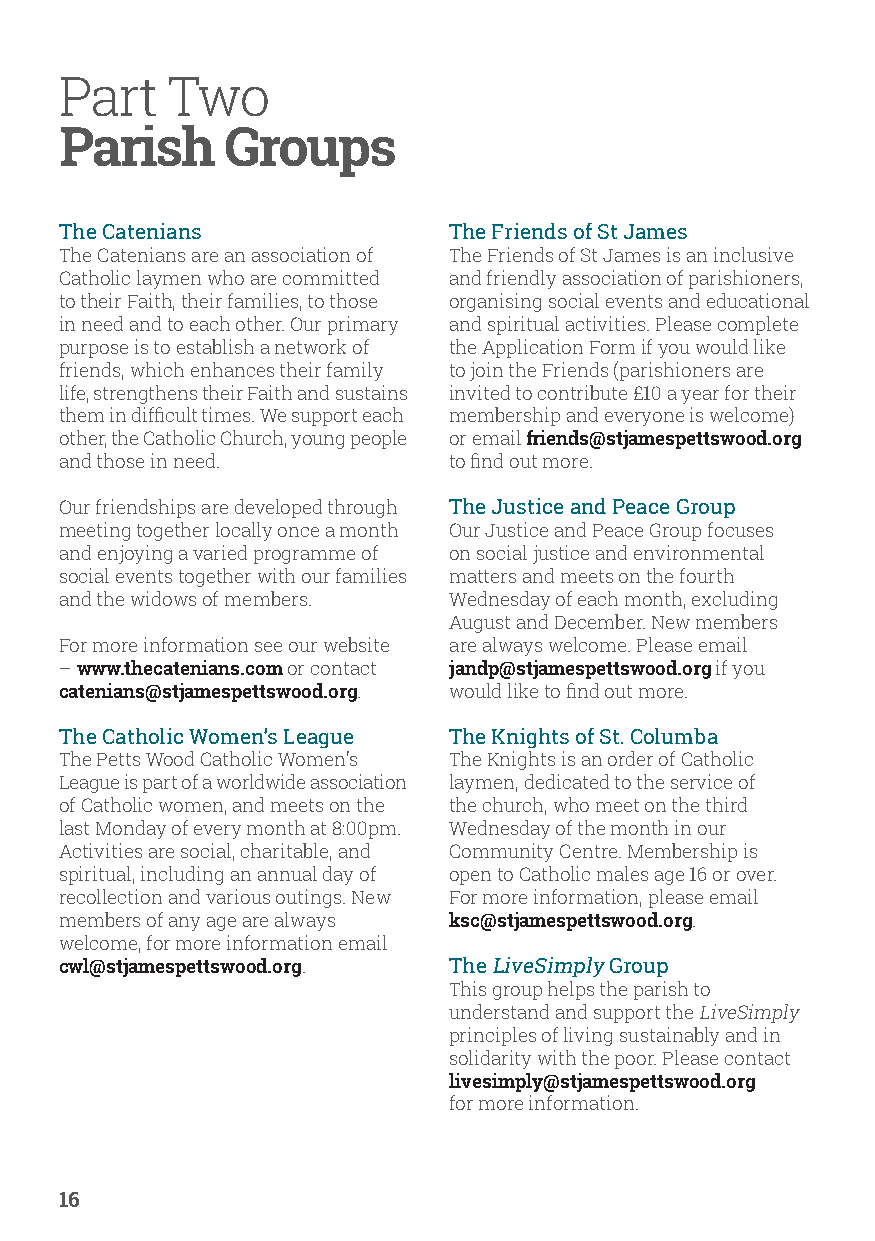
Part   Two
 Parish     Groups
 The Catenians             The Friends of St James
 The Catenians are an association of The Friends of St James is an inclusive
 Catholic laymen who are committed and friendly association of parishioners,
 to their Faith, their families, to those organising social events and educational
 in need and to each other. Our primary and spiritual activities. Please complete
 purpose is to establish a network of the Application Form if you would like
 friends, which enhances their family to join the Friends (parishioners are
 life, strengthens their Faith and sustains invited to contribute £10 a year for their
 them in difficult times. We support each membership and everyone is welcome)
 other, the Catholic Church, young people or email friends@stjamespettswood.org
 and those in need.        to find out more.
 Our friendships are developed through The Justice and Peace Group
 meeting together locally once a month Our Justice and Peace Group focuses
 and enjoying a varied programme of on social justice and environmental
 social events together with our families matters and meets on the fourth
 and the widows of members. Wednesday of each month, excluding
 August and December. New members
 For more information see our website are always welcome. Please email
 – www.thecatenians.com or contact jandp@stjamespettswood.org if you
 catenians@stjamespettswood.org. would like to find out more.
 The Catholic Women’s League The Knights of St. Columba
 The Petts Wood Catholic Women’s The Knights is an order of Catholic
 League is part of a worldwide association laymen, dedicated to the service of
 of Catholic women, and meets on the the church, who meet on the third
 last Monday of every month at 8:00pm. Wednesday of the month in our
 Activities are social, charitable, and Community Centre. Membership is
 spiritual, including an annual day of open to Catholic males age 16 or over.
 recollection and various outings. New For more information, please email
 members of any age are always ksc@stjamespettswood.org.
 welcome, for more information email
 cwl@stjamespettswood.org. The LiveSimply Group
 This group helps the parish to
 understand and support the LiveSimply
 principles of living sustainably and in
 solidarity with the poor. Please contact
 livesimply@stjamespettswood.org
 for more information.
 16